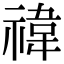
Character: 禕